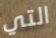
التي